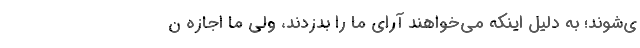
ی‌شوند؛ به دلیل اینکه می‌خواهند آرای ما را بدزدند، ولی ما اجازه ن